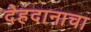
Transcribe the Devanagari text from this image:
देहदानाचा